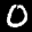
Label: 0